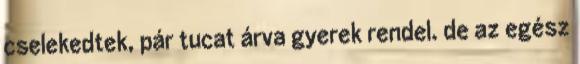
cselekedtek, pár tucat árva gyerek rendel. de az egész